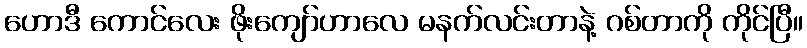
ဟောဒီ ကောင်လေး ဖိုးကျော်ဟာလေ မနက်လင်းတာနဲ့ ဂစ်တာကို ကိုင်ပြီ။